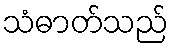
သံဓာတ်သည်